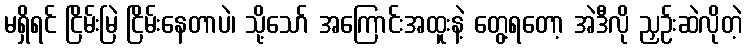
မရှိရင် ငြိမ်းမြဲ ငြိမ်းနေတာပဲ၊ သို့သော် အကြောင်းအထူးနဲ့ တွေ့ရတော့ အဲဒီလို ညှဉ်းဆဲလိုတဲ့